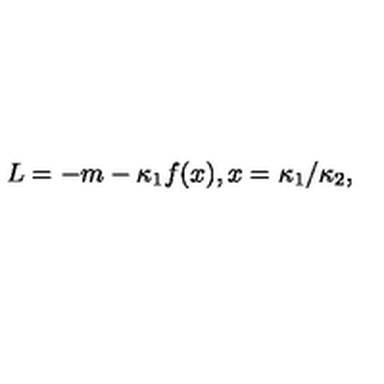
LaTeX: L = - m - \kappa _ { 1 } f ( x ) , x = \kappa _ { 1 } / \kappa _ { 2 } ,